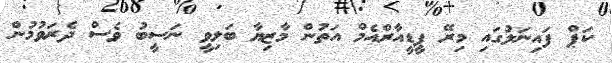
ކަޕް ފައިނަލުގައި މިރޭ ޕީޑީއާރްއެމް އަތުން މާޒިޔާ ބަލިވީ ނަސީބު ވެސް ދެރަވުމުން